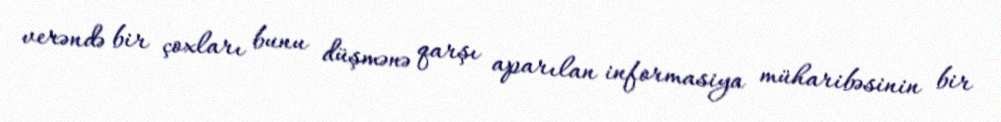
verəndə bir çoxları bunu düşmənə qarşı aparılan informasiya müharibəsinin bir